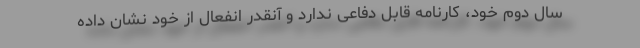
سال دوم خود، کارنامه قابل دفاعی ندارد و آنقدر انفعال از خود نشان داده